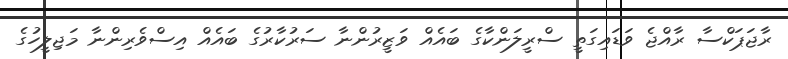
ރާޖަޕަކްސާ ރާއްޖެ ވަޑައިގަތީ ސްރީލަންކާގެ ބައެއް ވަޒީރުންނާ ސަރުކާރުގެ ބައެއް އިސްވެރިންނާ މަޖިލީހުގެ